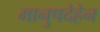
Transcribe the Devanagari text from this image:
मानुषदेहेन